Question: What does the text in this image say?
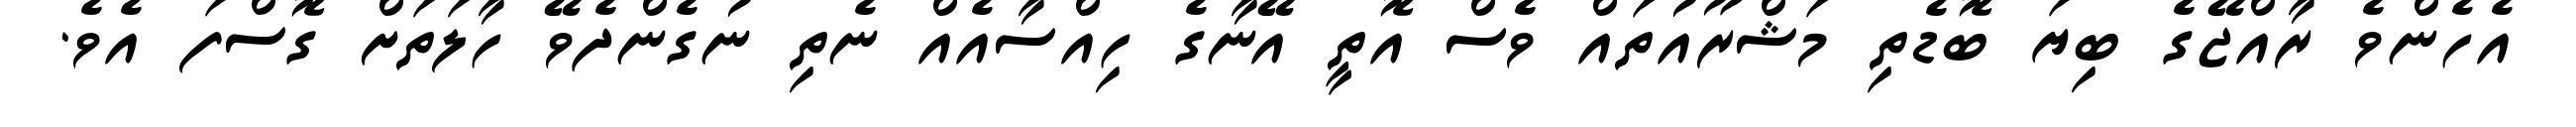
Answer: އެހެންވެ ރާއްޖޭގެ ބިޔަ ބޮޑެތި މަޝްރޫއުތައް ވެސް އޮތީ އޭނާގެ ހިއްސާއެއް ނެތި ނުގެންދެވޭ ހާލަތަށް ގޮސްފަ އެވެ.